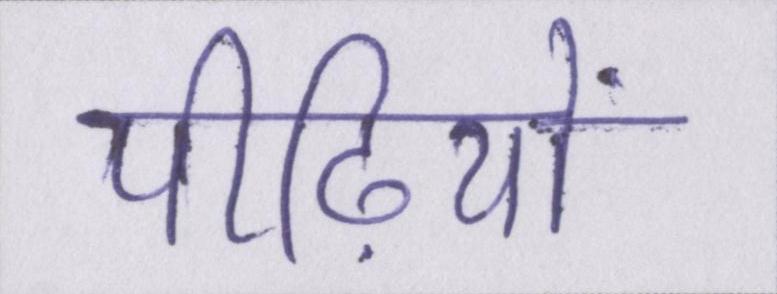
पीढ़ियों